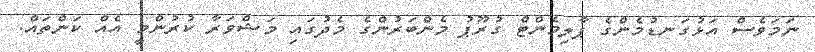
ނަމަވެސް އަޅުގަނޑުމެންގެ ޕާލިމެންޓް ގުރޫޕު މެންބަރުންގެ މެެދުގައި މަޝްވަރާ ކުރުންމީ އެއް ކަންތައް.